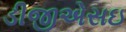
ડીજીએસઇ